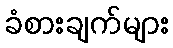
ခံစားချက်များ